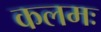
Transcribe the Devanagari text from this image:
कलमः